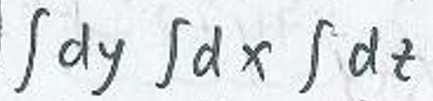
\(\int dy \int dx \int dt\)